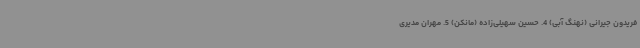
فریدون جیرانی (نهنگ آبی) 4. حسین سهیلی‌زاده (مانکن) 5. مهران مدیری